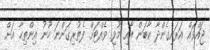
ޖައްވައް އަރައިގެންދާ ކާބަން އާއި މުޅި ވެއްޓަށް ފެތުރިގަންނަ ހޫނު އިންތިހާ އަށް